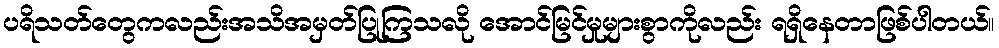
ပရိသတ်တွေကလည်းအသိအမှတ်ပြုကြသလို အောင်မြင်မှုများစွာကိုလည်း ရရှိနေတာဖြစ်ပါတယ်။